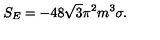
S _ { E } = - 4 8 \sqrt { 3 } { \pi } ^ { 2 } m ^ { 3 } \sigma .